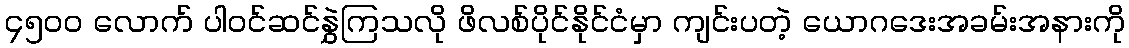
၄၅၀၀ လောက် ပါဝင်ဆင်နွှဲကြသလို ဖိလစ်ပိုင်နိုင်ငံမှာ ကျင်းပတဲ့ ယောဂဒေးအခမ်းအနားကို